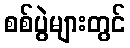
စစ်ပွဲများတွင်